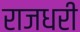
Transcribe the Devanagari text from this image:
राजधरी